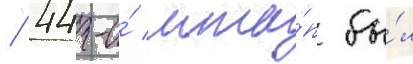
/ 44-и́ мта́п бы́л